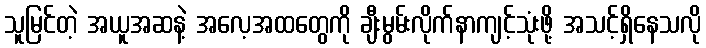
သူမြင်တဲ့ အယူအဆနဲ့ အလေ့အထတွေကို ချီးမွမ်းလိုက်နာကျင့်သုံးဖို့ အသင့်ရှိနေသလို